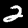
Digit: 2